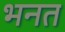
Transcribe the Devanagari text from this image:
भनत